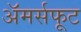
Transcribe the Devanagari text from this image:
अॅमर्सफूट